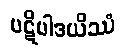
ပဋိပါဒယိဿံ